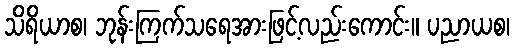
သိရိယာစ၊ ဘုန်းကြက်သရေအားဖြင့်လည်းကောင်း။ ပညာယစ၊